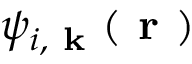
\psi _ { i , \textbf { k } } ( \textbf { r } )